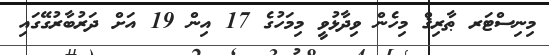
މިނިސްޓަރ ޠާރިޤް މިހެން ވިދާޅުވީ މިމަހުގެ 17 އިން 19 އަށް ދަރުބާރުގޭގައި